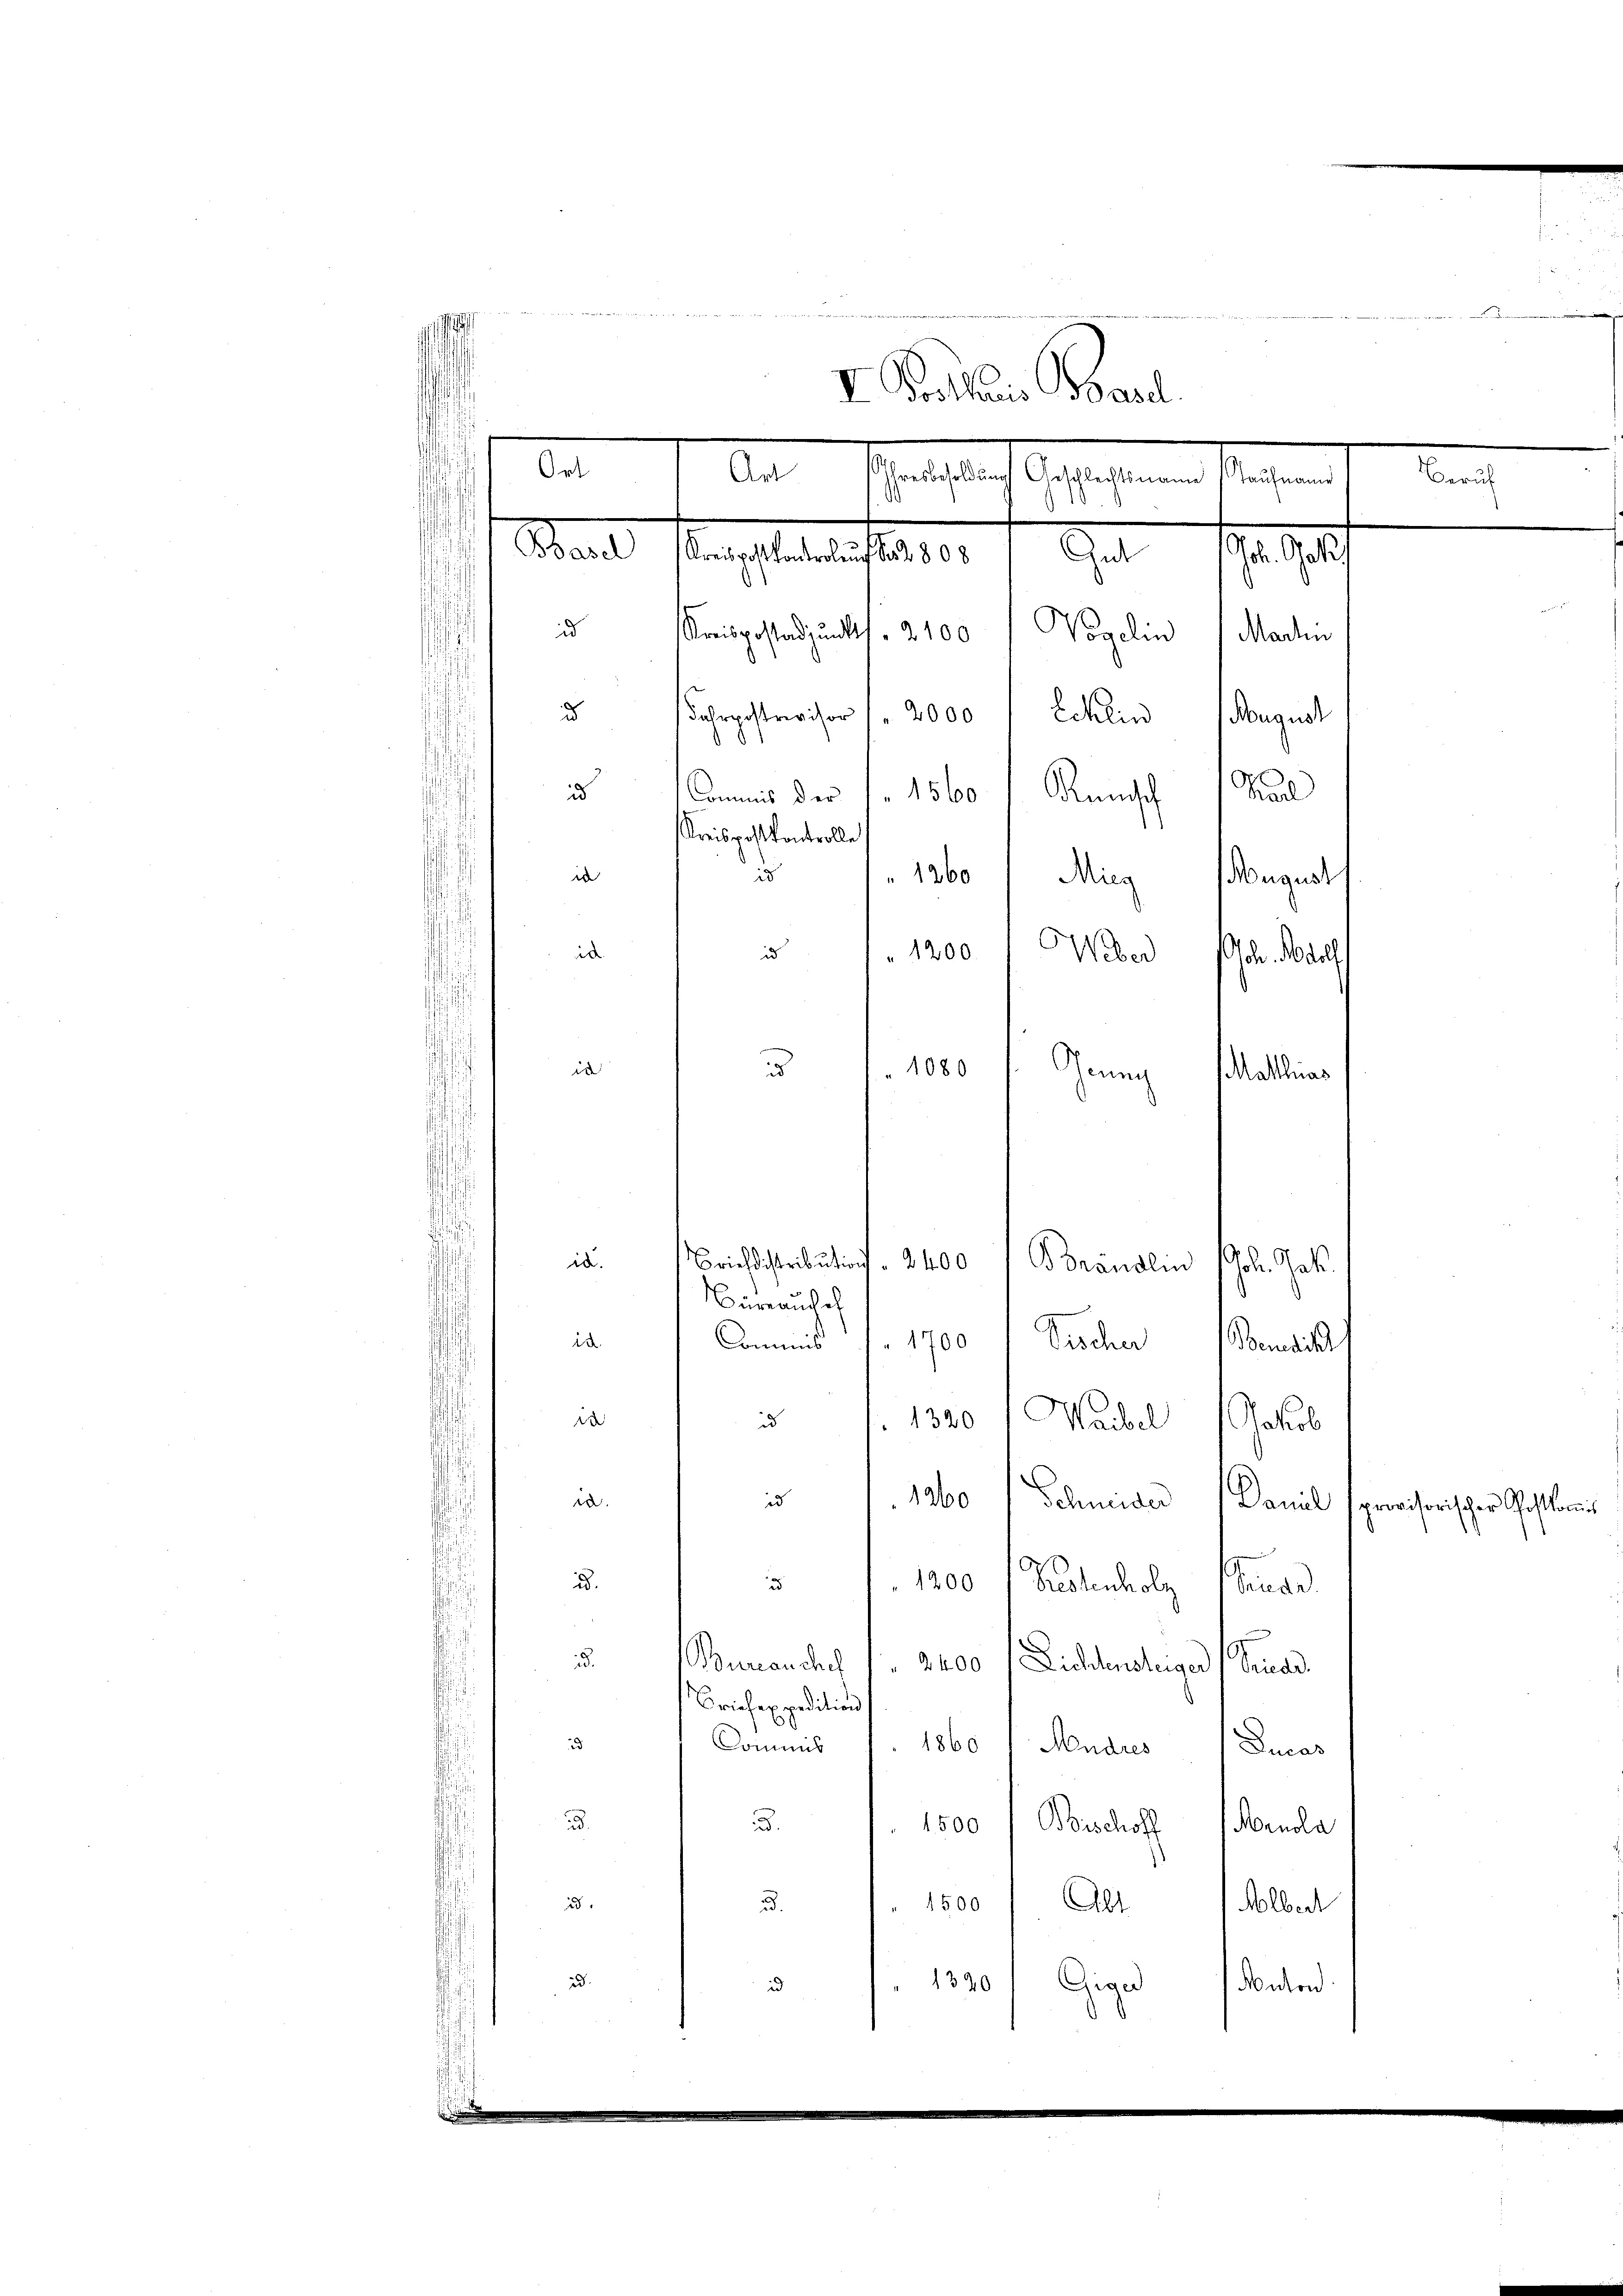
mir u. in ein Berichte nichte ein mir mein in ein ein einen un
I. Protharis Basel.
Ort
Beruf
Ehescheint gestehenen liegen
Saal sanstatoris 10 f. In
id Kreisgestandpunkt f. 2100 / Vogelin
Martin
.
d
Fahrpostrevisor / 2000 f Ecklin August
id
Commis der 1. 1560
Runsch Karl
Kreispostkontrolle
id
id
1260
Mieg August
Weber
id
it
1200
Osch. Model
u
in
Grun
1080
Matthias

Art

riehdistribution " 2400
id.
Brandlein Joh. Jak.
ürrauchel
in
Commis 1. 1700 " Fischer Benedikt
de
id
1300 Maibel Jakob
in
1260 Schneider
id
Daniel provisorischer Gestoris
u. 151. 1200 f Kostenholz Hause
d.
Bureau chef
2400
Lichtendiger Fina
Briefexpedition
ud
Commis 1 1860 " Mudres 1 Ducas
.
. 1. 1500 / Bischoff Menola
ud.
5. 1800) Absolen
id.
Giger
Anton
id
1320
d
.

¬